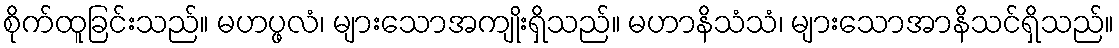
စိုက်ထူခြင်းသည်။ မဟပ္ဖလံ၊ များသောအကျိုးရှိသည်။ မဟာနိသံသံ၊ များသောအာနိသင်ရှိသည်။